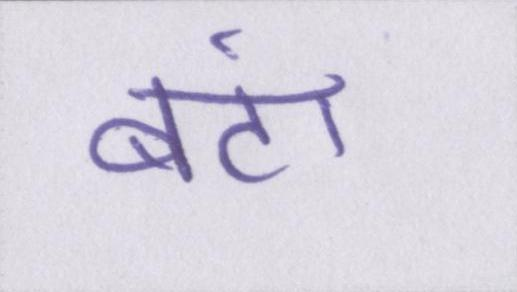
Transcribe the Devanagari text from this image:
बंटा